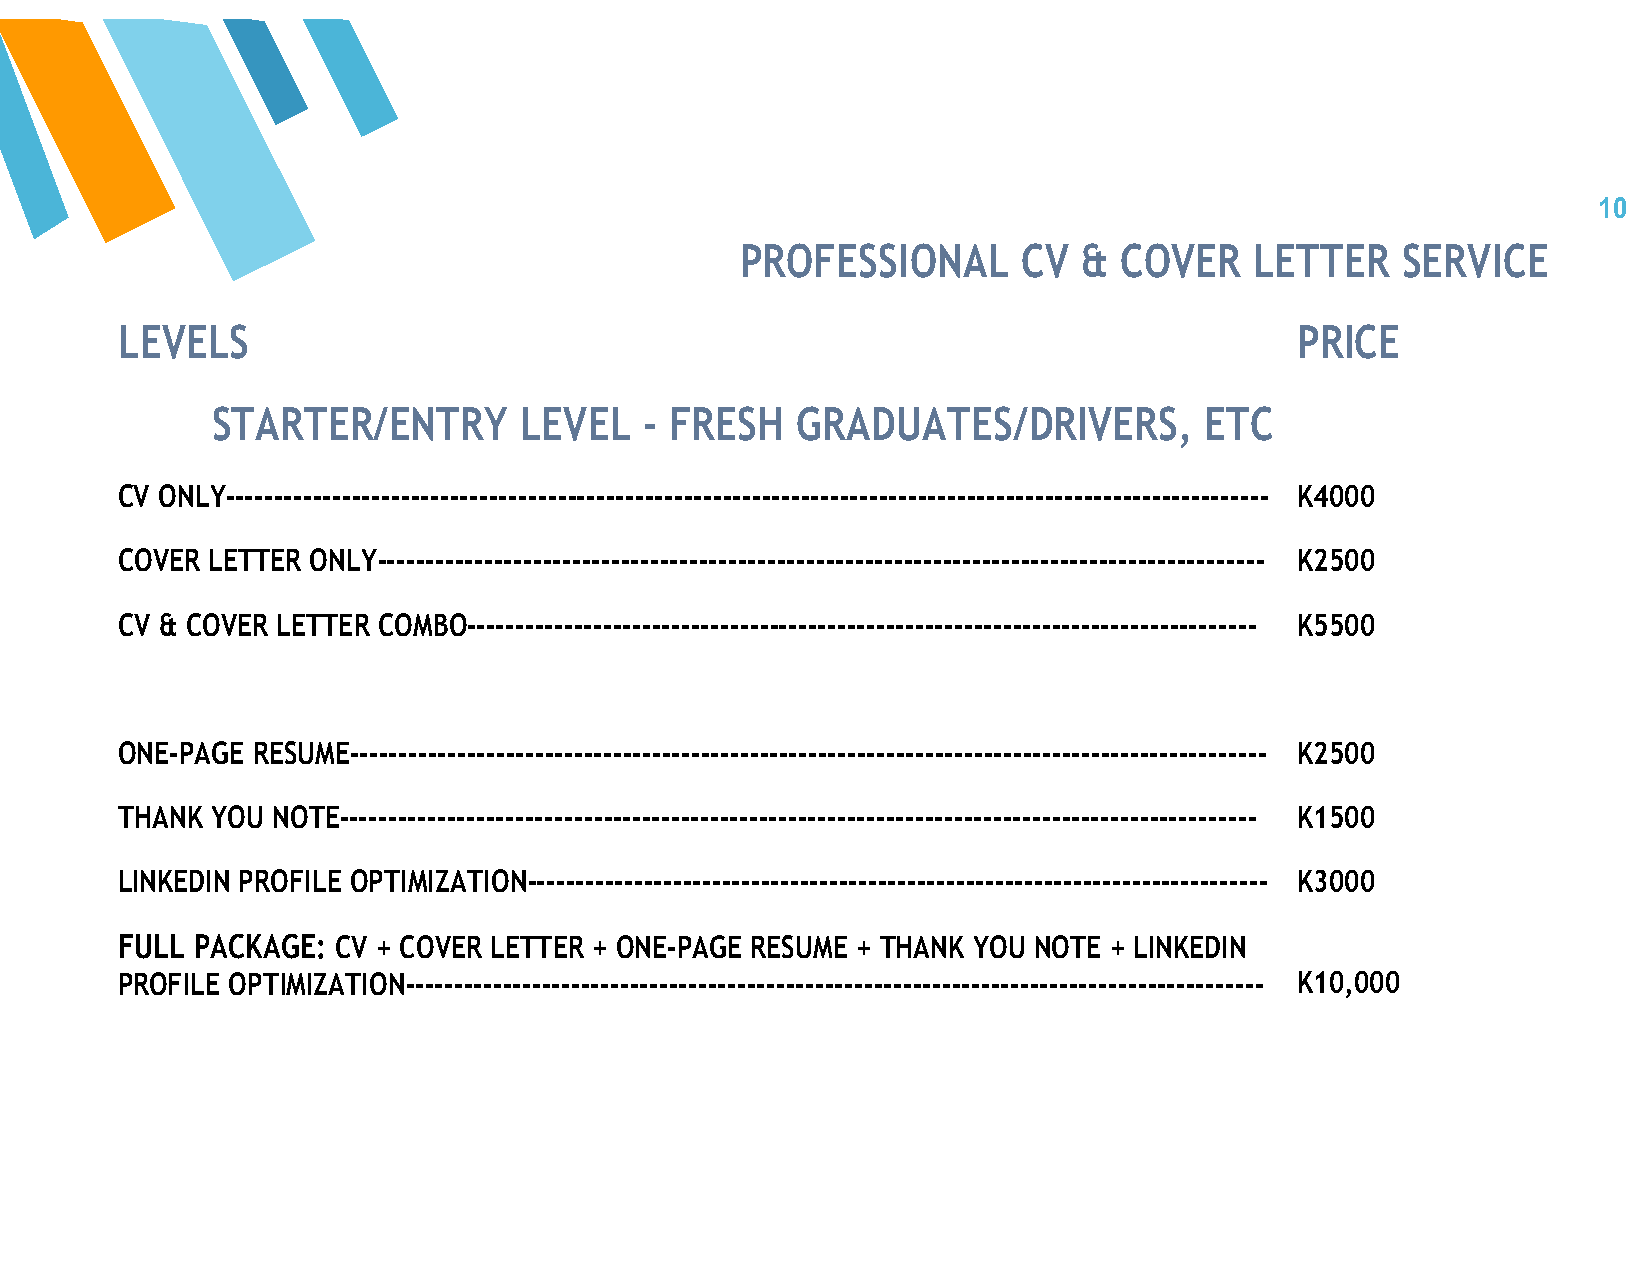
10
 PROFESSIONAL       CV  & COVER    LETTER    SERVICE
 LEVELS                                                                        PRICE
 STARTER/ENTRY       LEVEL    - FRESH   GRADUATES/DRIVERS,         ETC
 CV ONLY----------------------------------------------------------------------------------------------------------- K4000
 COVER LETTER ONLY------------------------------------------------------------------------------------------- K2500
 CV & COVER LETTER COMBO--------------------------------------------------------------------------------- K5500
 ONE-PAGE RESUME---------------------------------------------------------------------------------------------- K2500
 THANK YOU NOTE---------------------------------------------------------------------------------------------- K1500
 LINKEDIN PROFILE OPTIMIZATION---------------------------------------------------------------------------- K3000
 FULL PACKAGE: CV + COVER LETTER + ONE-PAGE RESUME + THANK YOU NOTE + LINKEDIN
 PROFILE OPTIMIZATION---------------------------------------------------------------------------------------- K10,000